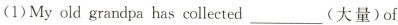
(1)My old grandpa has collected___(大量)of